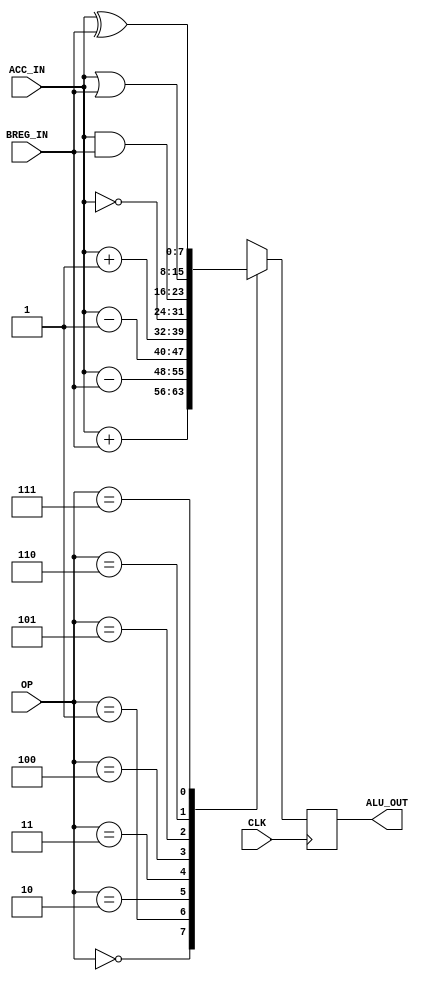
module ALU_REG	(
	output signed 		[7:0]	ALU_OUT,	// Output to bus
	input  signed		[7:0]	ACC_IN,	// Accumulator input
	input  signed		[7:0]	BREG_IN,	// B register input
	input  wire			[2:0]	OP,		// Op code
	input  wire				CLK			// clock
);			
	
reg [7:0]ALU_DATA;

parameter ADD = 3'b000,	// Addition
			 SUB = 3'b001,	// Subtraction
			 DEC = 3'b010,	// Decrement
			 INC = 3'b011,	// Increment
			 OC  = 3'b100,	// One's Complement
			 BND = 3'b101,	// Bitwise AND
			 BOR = 3'b110,	// Bitwise OR
			 BXR = 3'b111;	// Bitwise XOR
			 
assign ALU_OUT = ALU_DATA;

always @(posedge CLK) 
begin
	case (OP)
		ADD	:	ALU_DATA <= ACC_IN + BREG_IN;
		SUB	:	ALU_DATA <= ACC_IN - BREG_IN;
		DEC	:	ALU_DATA <= ACC_IN - 8'd1;
		INC	:	ALU_DATA <= ACC_IN + 8'd1;
		OC		:	ALU_DATA <= ~ACC_IN;
		BND	:	ALU_DATA <= ACC_IN & BREG_IN;
		BOR	:	ALU_DATA <= ACC_IN | BREG_IN;
		BXR	:	ALU_DATA <= ACC_IN ^ BREG_IN;
	endcase
end
endmodule